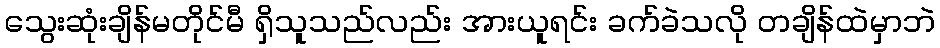
သွေးဆုံးချိန်မတိုင်မီ ရှိသူသည်လည်း အားယူရင်း ခက်ခဲသလို တချိန်ထဲမှာဘဲ